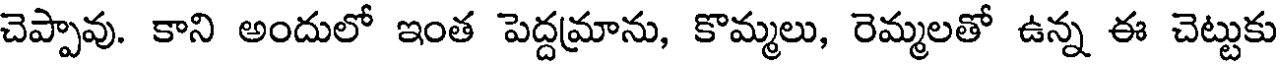
చెప్పావు. కాని అందులో ఇంత పెద్దమ్రాను, కొమ్మలు, రెమ్మలతో ఉన్న ఈ చెట్టుకు